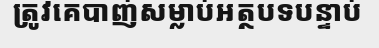
ត្រូវគេបាញ់សម្លាប់អត្ថបទបន្ទាប់